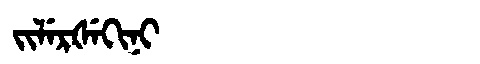
Manchu: ᠵᡳᠯᡝᡵᡧᡝᡴᡳᠨᡳ
Romanization: JILERŠEKINI